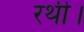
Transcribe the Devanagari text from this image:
रथी।